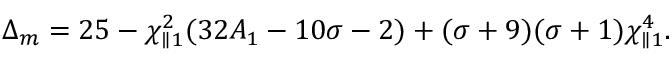
\Delta _ { m } = 2 5 - \chi _ { \parallel 1 } ^ { 2 } ( 3 2 A _ { 1 } - 1 0 \sigma - 2 ) + ( \sigma + 9 ) ( \sigma + 1 ) \chi _ { \parallel 1 } ^ { 4 } .